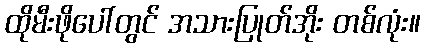
ထိုမီးဖိုပေါ်တွင် အသားပြုတ်အိုး တစ်လုံး။